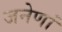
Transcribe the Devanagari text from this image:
जनेणां